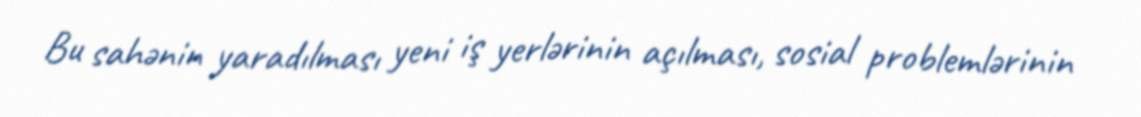
Bu sahənin yaradılması yeni iş yerlərinin açılması, sosial problemlərinin